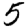
Digit: 5